Plague in India, 1896, 1897 - Volume 2
Year: 1896
Disease focus: Plague
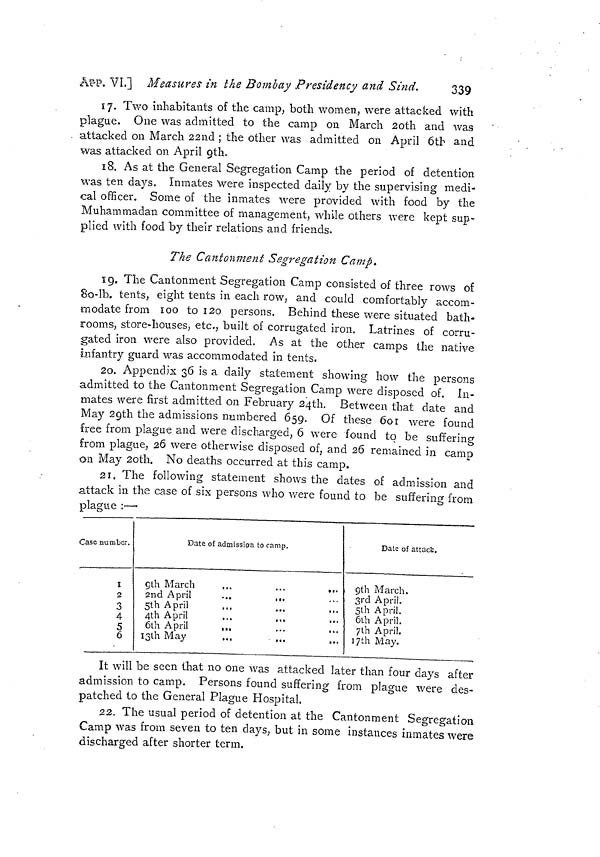
App. VI.] Measures in the Bombay Presidency and Sind.
339
17. Two inhabitants of the camp, both women, were attacked with
plague. One was admitted to the camp on March 20th and was
. attacked on March 22nd ; the other was admitted on April 6th and
was attacked on April gth.
18. As at the General Segregation Camp the period of detention
was ten days, Inmates Were inspected daily by the supervising medi-
cal officer. Some of the inmates were provided with food by the
Muhammadan committee of management, while others were kept sup-
plied with food by their relations and friends.
The Cantonment Segregation Camp.
19. The Cantonment Segregation Camp consisted of three rows of
8o-lb. tents, eight tents in each row, and could comfortably accom-
modate from 100 to 120 persons. Behind these were situated bath-
rooms, store-houses, etc., built of corrugated iron. Latrines of corru-
gated iron were also provided. As at the other camps the native
infantry guard was accommodated in tents.
20. Appendix 36 is a daily statement showing how the persons
admitted to the Cantonment Segregation Camp were disposed of. In-
mates were first admitted on February 24th. Between that date and
May 29th the admissions numbered 659. Of these 601 were found
free from plague and were discharged, 6 were found to be suffering
from plague, 26 were otherwise disposed of, and 26 remained in camp
on May 20th. No deaths occurred at this camp.
21. The following statement shows the dates of admission and
attack in the case of six persons who were found to be suffering from
plague :—•
Case number.
Î
2
3
4
5
6
Date of admission to camp.
gth March
2nd April
5th April
4th April
6th April
1 3th May
.
•
Date of attack.
9th March.
3rd April.
5th April.
6th April.
7th April.
17th May.
It will be seen that no one was attacked later than four days after
admission to camp. Persons found suffering from plague were des-
patched to the General Plague Hospital.
22. The usual period of detention at the Cantonment Segregation
Camp was from seven to ten days, but in some instances inmates were
discharged after shorter term.